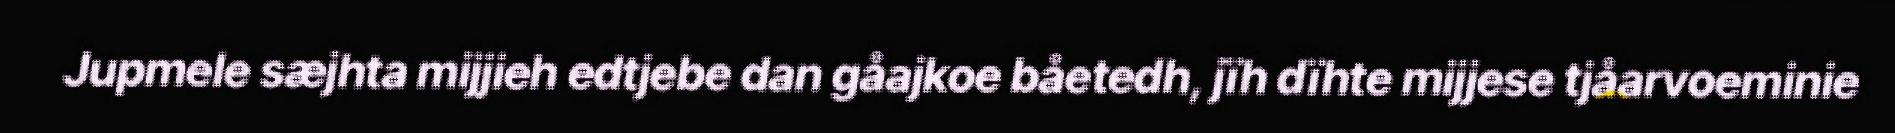
Jupmele sæjhta mijjieh edtjebe dan gåajkoe båetedh, jïh dïhte mijjese tjåarvoeminie